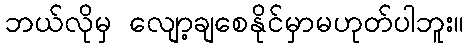
ဘယ်လိုမှ လျော့ချစေနိုင်မှာမဟုတ်ပါဘူး။